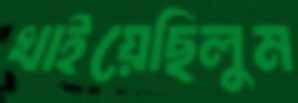
খাইয়েছিলুম